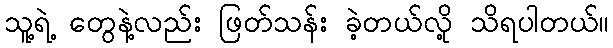
သူ့ရဲ့ တွေနဲ့လည်း ဖြတ်သန်း ခဲ့တယ်လို့ သိရပါတယ်။